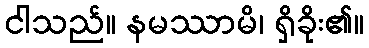
ငါသည်။ နမဿာမိ၊ ရှိခိုး၏။